Indian Medical Review
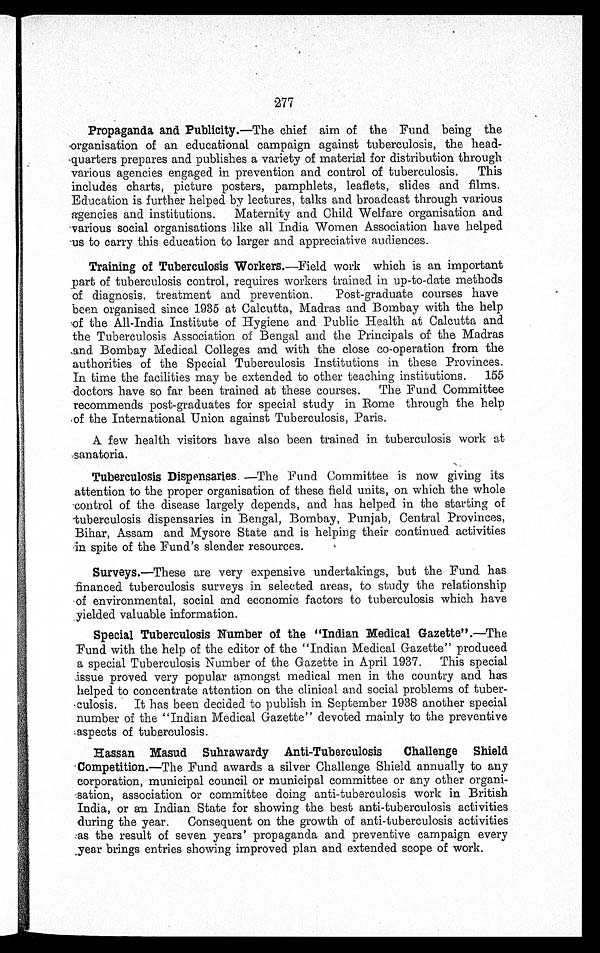
277
Propaganda and Publicity.— The chief aim of the Fund being the
organisation of an educational campaign against tuberculosis, the head-
quarters prepares and publishes a variety of material for distribution through
various agencies engaged in prevention and control of tuberculosis. This
includes charts, picture posters, pamphlets, leaflets, slides and films.
Education is further helped by lectures, talks and broadcast through various
agencies and institutions. Maternity and Child Welfare organisation and
various social organisations like all India Women Association have helped
us to carry this education to larger and appreciative audiences.
Training of Tuberculosis Workers.— Field work which is an important
part of tuberculosis control, requires workers trained in up-to-date methods
of diagnosis, treatment and prevention. Post-graduate courses have
been organised since 1935 at Calcutta, Madras and Bombay with the help
of the All-India Institute of Hygiene and Public Health at Calcutta and
the Tuberculosis Association of Bengal and the Principals of the Madras
and Bombay Medical Colleges and with the close co-operation from the
authorities of the Special Tuberculosis Institutions in these Provinces.
In time the facilities may be extended to other teaching institutions. 155
doctors have so far been trained at these courses. The Fund Committee
recommends post-graduates for special study in Rome through the help
of the International Union against Tuberculosis, Paris.
A few health visitors have also been trained in tuberculosis work at
sanatoria.
Tuberculosis Dispensaries. —The Fund Committee is now giving its
attention to the proper organisation of these field units, on which the whole
control of the disease largely depends, and has helped in the starting of
tuberculosis dispensaries in Bengal, Bombay, Punjab, Central Provinces,
Bihar, Assam and Mysore State and is helping their continued activities
in spite of the Fund's slender resources.
Surveys. —These are very expensive undertakings, but the Fund has
financed tuberculosis surveys in selected areas, to study the relationship
of environmental, social and economic factors to tuberculosis which have
yielded valuable information.
Special Tuberculosis Number of the "Indian Medical Gazette". —The
Fund with the help of the editor of the "Indian Medical Gazette" produced
a special Tuberculosis Number of the Gazette in April 1937. This special
issue proved very popular amongst medical men in the country and has
helped to concentrate attention on the clinical and social problems of tuber
-
culosis. It has been decided to publish in September 1938 another special
number of the "Indian Medical Gazette" devoted mainly to the preventive
aspects of tuberculosis.
Hassan Masud Suhrawardy Anti-Tuberculosis Challenge Shield
Competition. —The Fund awards a silver Challenge Shield annually to any
corporation, municipal council or municipal committee or any other organi
-
sation, association or committee doing anti-tuberculosis work in British
India, or an Indian State for showing the best anti-tuberculosis activities
during the year. Consequent on the growth of anti-tuberculosis activities
as the result of seven years' propaganda and preventive campaign every
year brings entries showing improved plan and extended scope of work.